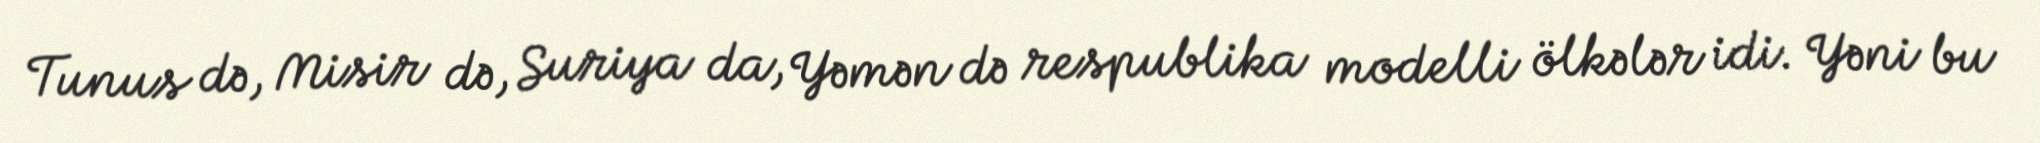
Tunus də, Misir də, Suriya da, Yəmən də respublika modelli ölkələr idi. Yəni bu